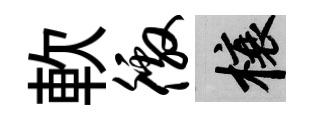
軟徼榱